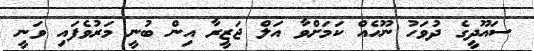
ސައޫދީގެ ދުވަހު ނޫހެއް ކަމަށްވާ އަލް ޖަޒީރާ އިން ބުނީ މަރުވެފައި ވަނީ